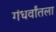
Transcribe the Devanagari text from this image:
गंधर्वांतला